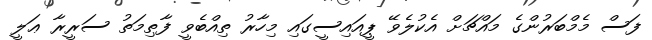
ފަސް މެމްބަރުންގެ މައްޗަށް އެކުލެވޭ ޕީއައިސީގައި މިހާރު ތިއްބެވީ ފާޠިމަތު ސަރީރާ ޢަލީ